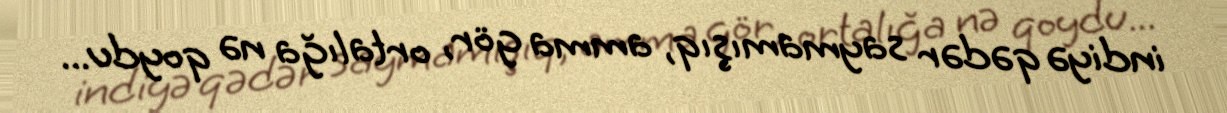
indiyə qədər saymamışıq, amma gör, ortalığa nə qoydu...